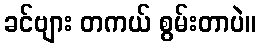
ခင်ဗျား တကယ် စွမ်းတာပဲ။